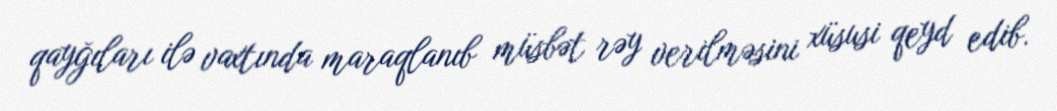
qayğıları ilə vaxtında maraqlanıb müsbət rəy verilməsini xüsusi qeyd edib.